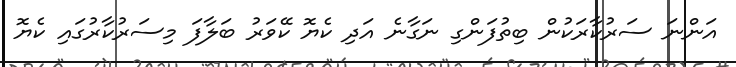
އަންނަ ސަރުކާރަކުން ބިތުފަންގި ނަގާނެ އަދި ކެޔޮ ކޭވަރު ބަލާފަ މިސަރުކާރުގައި ކެޔޮ